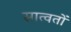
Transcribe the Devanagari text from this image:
सात्वतों